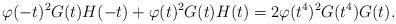
LaTeX: \begin{align*} \varphi(-t)^2G(t)H(-t)+\varphi(t)^2G(t)H(t) = 2\varphi(t^4)^2G(t^4)G(t).\end{align*}